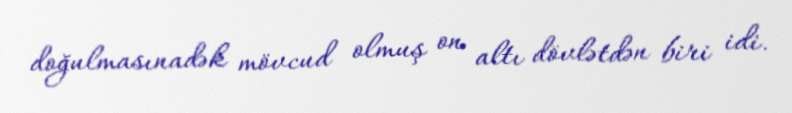
doğulmasınadək mövcud olmuş on altı dövlətdən biri idi.